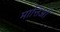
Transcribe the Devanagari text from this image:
मात्तिओ